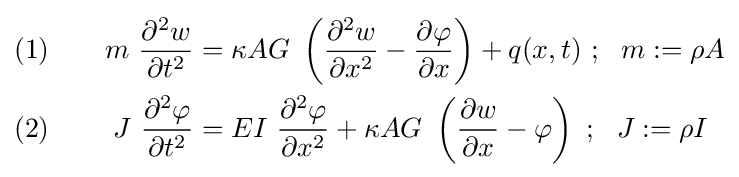
{\begin{aligned}(1)&&\quad m~{\frac {\partial ^{2}w}{\partial t^{2}}}&=\kappa AG~\left({\frac {\partial ^{2}w}{\partial x^{2}}}-{\frac {\partial \varphi }{\partial x}}\right)+q(x,t)~;~~m:=\rho A\\(2)&&\quad J~{\frac {\partial ^{2}\varphi }{\partial t^{2}}}&=EI~{\frac {\partial ^{2}\varphi }{\partial x^{2}}}+\kappa AG~\left({\frac {\partial w}{\partial x}}-\varphi \right)~;~~J:=\rho I\end{aligned}}